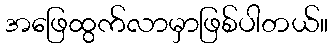
အဖြေထွက်လာမှာဖြစ်ပါတယ်။